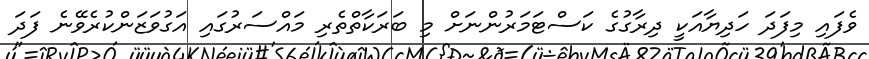
ވެފައި މިފަދަ ހަދިޔާއަކީ ދިރާގުގެ ކަސްޓަމަރުންނަށް މި ބަރަކާތްތެރި މައްސަރުގައި އަގުވަޒަންކުރެވޭނެ ފަދަ